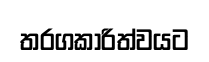
තරගකාරිත්වයට